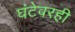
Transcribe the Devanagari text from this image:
घंटेवरही